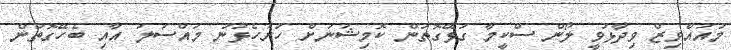
މުއައްވިޒް ވިދާޅުވީ ލޯން ސްކީމާ ގުޅޭގޮތުން ކޮމިޝަނަށް ހުށަހެޅުނު މައްސަލަ އާއި ބެހޭގޮތުން